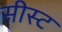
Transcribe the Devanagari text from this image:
सीस्ट